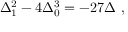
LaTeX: \Delta _ { 1 } ^ { 2 } - 4 \Delta _ { 0 } ^ { 3 } = - 2 7 \Delta \ ,